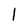
Character: 1